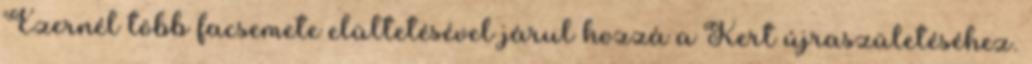
Ezernél több facsemete elültetésével járul hozzá a Kert újraszületéséhez.